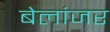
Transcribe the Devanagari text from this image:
बेलांजर